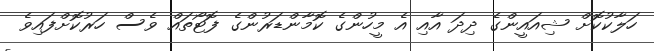
ހަލާކުކޮށް ޝިއައީންގެ ދިދަ އާއި އެ މީހުންގެ ކޮމާންޑަރުންގެ ފޮޓޯތައް ވެސް ހަރުކޮށްފައިވެ